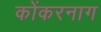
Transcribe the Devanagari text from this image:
कोंकरनाग